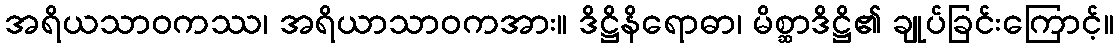
အရိယသာဝကဿ၊ အရိယာသာဝကအား။ ဒိဋ္ဌိနိရောဓာ၊ မိစ္ဆာဒိဋ္ဌိ၏ ချုပ်ခြင်းကြောင့်။